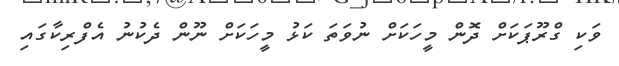
ވަކި ގްރޫޕަކަށް ދޮން މީހަކަށް ނުވަތަ ކަޅު މީހަކަށް ނޫން ދެކުނު އެފްރިކާގައި